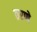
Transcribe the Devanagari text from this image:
ठरणे